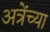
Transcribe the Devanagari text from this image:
अत्रेंच्या